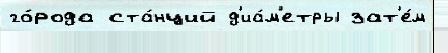
го́рода ста́нций д'иа́м'етры зат'е́м